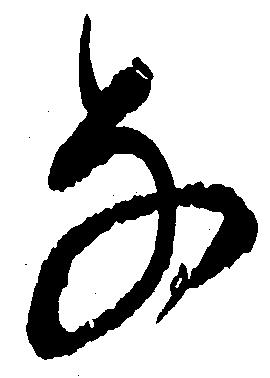
な